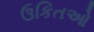
ઉકિતઓ